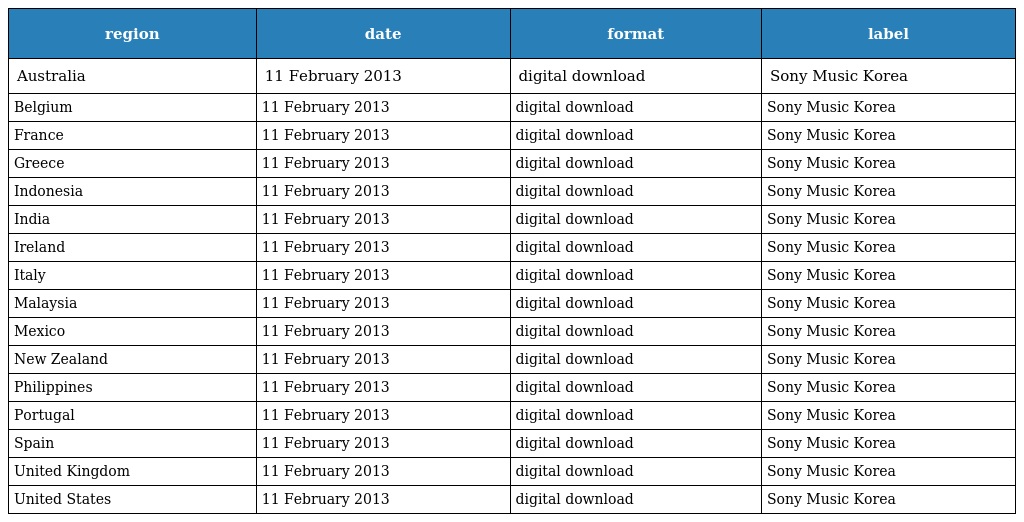
| region | date | format | label |
 | --- | --- | --- | --- |
 | Australia | 11 February 2013 | digital download | Sony Music Korea |
 | Belgium | 11 February 2013 | digital download | Sony Music Korea |
 | France | 11 February 2013 | digital download | Sony Music Korea |
 | Greece | 11 February 2013 | digital download | Sony Music Korea |
 | Indonesia | 11 February 2013 | digital download | Sony Music Korea |
 | India | 11 February 2013 | digital download | Sony Music Korea |
 | Ireland | 11 February 2013 | digital download | Sony Music Korea |
 | Italy | 11 February 2013 | digital download | Sony Music Korea |
 | Malaysia | 11 February 2013 | digital download | Sony Music Korea |
 | Mexico | 11 February 2013 | digital download | Sony Music Korea |
 | New Zealand | 11 February 2013 | digital download | Sony Music Korea |
 | Philippines | 11 February 2013 | digital download | Sony Music Korea |
 | Portugal | 11 February 2013 | digital download | Sony Music Korea |
 | Spain | 11 February 2013 | digital download | Sony Music Korea |
 | United Kingdom | 11 February 2013 | digital download | Sony Music Korea |
 | United States | 11 February 2013 | digital download | Sony Music Korea |